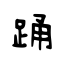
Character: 踊